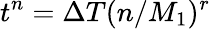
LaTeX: t^{n}=\Delta T(n/M_{1})^{r}